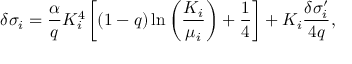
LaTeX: \delta \sigma _ { i } = { \frac { \alpha } { q } } K _ { i } ^ { 4 } \left[ ( 1 - q ) \ln \left( { \frac { K _ { i } } { \mu _ { i } } } \right) + { \frac { 1 } { 4 } } \right] + K _ { i } { \frac { \delta \sigma _ { i } ^ { \prime } } { 4 q } } ,